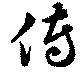
伝